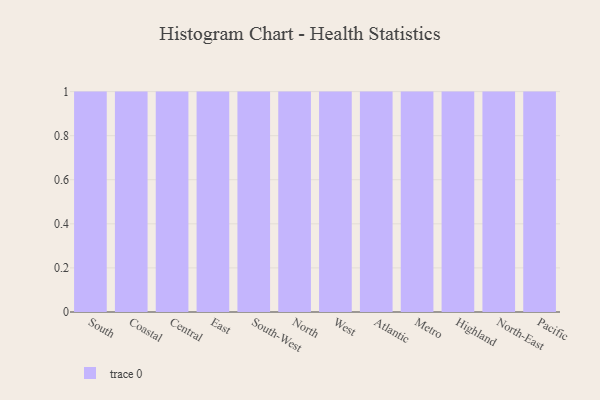
{"axis": {"x": "Region", "y": "Energy Usage (MWh)"}, "legend": [""], "data": [{"x": "South", "y": 94, "type": ""}, {"x": "Coastal", "y": 75, "type": ""}, {"x": "Central", "y": 57, "type": ""}, {"x": "East", "y": 57, "type": ""}, {"x": "South-West", "y": 70, "type": ""}, {"x": "North", "y": 14, "type": ""}, {"x": "West", "y": 63, "type": ""}, {"x": "Atlantic", "y": 53, "type": ""}, {"x": "Metro", "y": 30, "type": ""}, {"x": "Highland", "y": 84, "type": ""}, {"x": "North-East", "y": 72, "type": ""}, {"x": "Pacific", "y": 2, "type": ""}]}